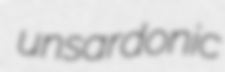
unsardonic